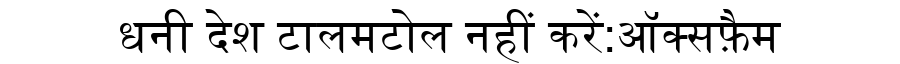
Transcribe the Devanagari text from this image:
धनी देश टालमटोल नहीं करें:ऑक्सफ़ैम